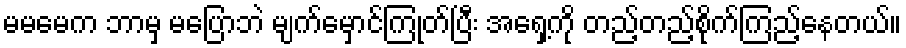
မမမေက ဘာမှ မပြောဘဲ မျက်မှောင်ကြုတ်ပြီး အရှေ့ကို တည့်တည့်စိုက်ကြည့်နေတယ်။